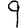
Digit: 9